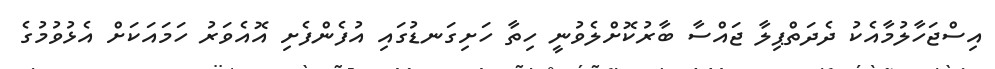
އިސްޖަހާލުމާއެކު ދެދަތްޕިލާ ޖައްސާ ބާރުކޮށްލެވުނީ ހިތާ ހަށިގަނޑުގައި އުފެންފެށި އޮއެވަރު ހަމައަކަށް އެޅުވުމުގެ